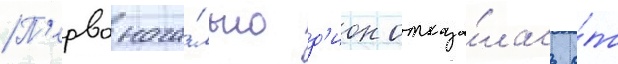
П'ервонача́льно д'ион отказа́лась о́т